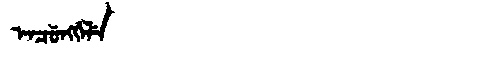
Manchu: ᡝᠨᠴᡠᠩᡤᡝᠯᡝ
Romanization: ENCUNGGELE